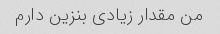
من مقدار زیادی بنزین دارم